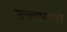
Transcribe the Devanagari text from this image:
उच्चारांनी